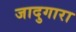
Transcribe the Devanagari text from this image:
जादुगारा